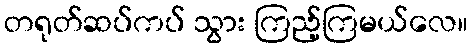
တရုတ်ဆပ်ကပ် သွား ကြည့်ကြမယ်လေ။